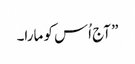
” آج اُس کو مارا۔